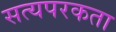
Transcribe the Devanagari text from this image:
सत्यपरकता